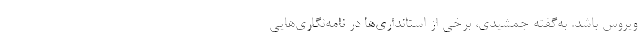
ویروس باشد. به‌گفته جمشیدی، برخی از استانداری‌ها در نامه‌نگاری‌هایی